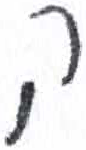
אות: ק